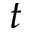
t